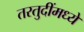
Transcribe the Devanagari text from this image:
तरतुदींमध्ये